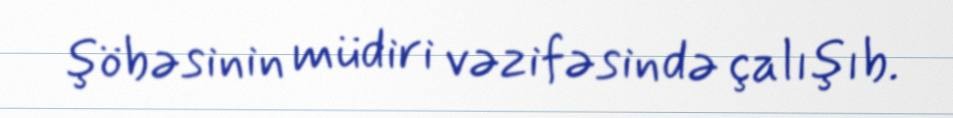
şöbəsinin müdiri vəzifəsində çalışıb.